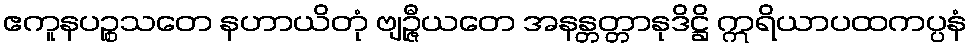
ဧကူနပဉ္စသတေ နဟာယိတုံ ဗျဉ္ဇီယတေ အနန္တတ္တာနုဒိဋ္ဌိ ဣရိယာပထကပ္ပနံ